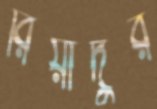
রিয়াদুর